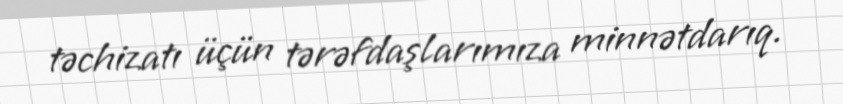
təchizatı üçün tərəfdaşlarımıza minnətdarıq.